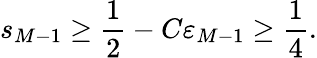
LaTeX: s_{M-1}\geq\frac 12-C\varepsilon_{M-1}\geq\frac 14.